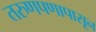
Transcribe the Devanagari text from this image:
तरुणपणापासून